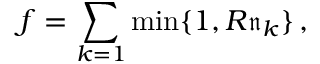
f = \sum _ { k = 1 } \operatorname* { m i n } \{ 1 , R \mathfrak { n } _ { k } \} \, ,